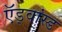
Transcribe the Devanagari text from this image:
ऍड्वांस्ड